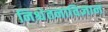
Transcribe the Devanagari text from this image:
निश्चेतनाविज्ञान